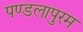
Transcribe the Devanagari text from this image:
पण्डलापुरम